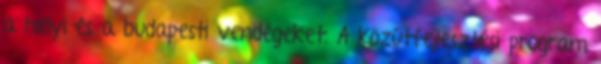
a helyi és a budapesti vendégeket. A közútfejlesztési program